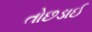
તોછડાઈ